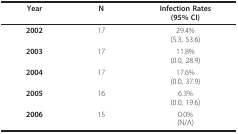
<table><thead><tr><td><b>Year</b></td><td><b>N</b></td><td><b>Infection Rates(95% CI)</b></td></tr></thead><tbody><tr><td><b>2002</b></td><td>17</td><td>29.4%(5.3, 53.6)</td></tr><tr><td><b>2003</b></td><td>17</td><td>11.8%(0.0, 28.9)</td></tr><tr><td><b>2004</b></td><td>17</td><td>17.6%(0.0, 37.9)</td></tr><tr><td><b>2005</b></td><td>16</td><td>6.3%(0.0, 19.6)</td></tr><tr><td><b>2006</b></td><td>15</td><td>0.0%(N/A)</td></tr></tbody></table>